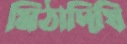
মিঠাদিঘি